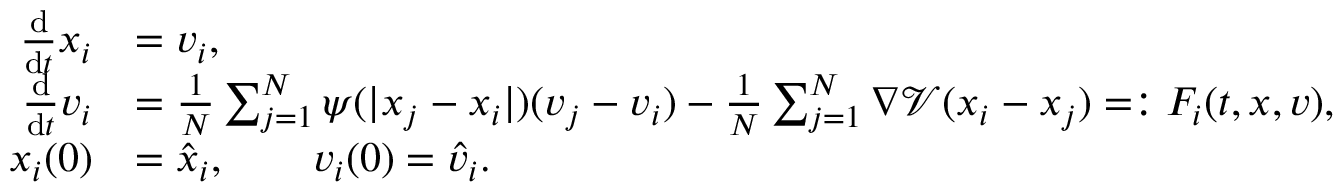
\begin{array} { r l } { \frac { \mathrm d } { \mathrm d t } x _ { i } } & { = v _ { i } , } \\ { \frac { \mathrm d } { \mathrm d t } v _ { i } } & { = \frac { 1 } { N } \sum _ { j = 1 } ^ { N } \psi ( | x _ { j } - x _ { i } | ) ( v _ { j } - v _ { i } ) - \frac { 1 } { N } \sum _ { j = 1 } ^ { N } \nabla \mathcal V ( x _ { i } - x _ { j } ) = : F _ { i } ( t , x , v ) , } \\ { x _ { i } ( 0 ) } & { = \hat { x } _ { i } , \qquad v _ { i } ( 0 ) = \hat { v } _ { i } . } \end{array}